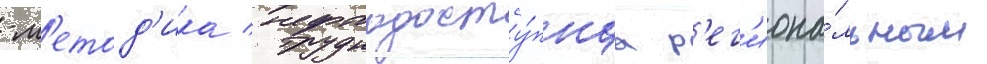
-м'етод'ика / труднодосту́пнаа р'ег'иона́льным